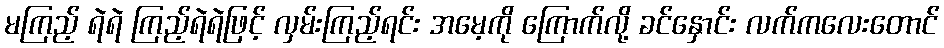
မကြည့် ရဲရဲ ကြည့်ရဲရဲဖြင့် လှမ်းကြည့်ရင်း အမေ့ကို ကြောက်လို့ ခင်နှောင်း လက်ကလေးတောင်